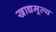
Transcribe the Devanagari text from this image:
खाद्यमूल्य